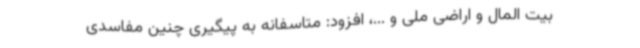
بیت المال و اراضی ملی و ...، افزود: متاسفانه به پیگیری چنین مفاسدی